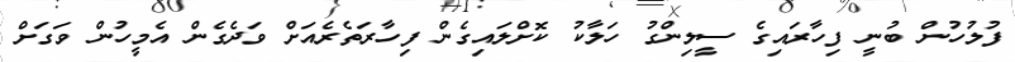
ފުލުހުން ބުނީ ފިހާރައިގެ ސީލިންގު ހަލާކު ކޮށްލައިގެން ފިހާރަތެރެއަށް ވަދެގެން އެމީހުން ވަގަށް